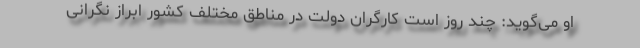
او می‌گوید: چند روز است کارگران دولت در مناطق مختلف کشور ابراز نگرانی